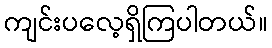
ကျင်းပလေ့ရှိကြပါတယ်။